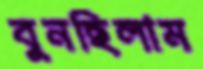
বুনছিলাম